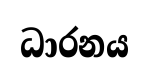
ධාරනය